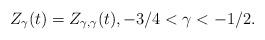
LaTeX: \begin{align*}Z_{\gamma}(t)=Z_{\gamma,\gamma}(t), -3/4<\gamma<-1/2.\end{align*}